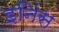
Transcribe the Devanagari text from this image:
इनिंस